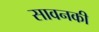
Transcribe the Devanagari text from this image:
सावनकी